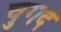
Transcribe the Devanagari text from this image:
चुगद